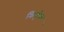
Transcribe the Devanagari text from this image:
किर्कुक